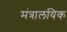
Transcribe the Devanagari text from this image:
मंत्रालयिक